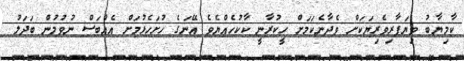
ކާމިޔާބު ވިޔަފާރިވެރިޔަކަށް ވެދާނެކަމަށް ހީކުރާނީ ކާކުހެއްޔެވެ އޭނަގެ ހުށަހެޅުމަށް އެއްބަސް ނުވުމުން ބަދަލު